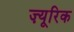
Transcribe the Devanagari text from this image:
ज़्यूरिक